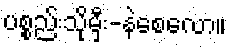
ပစ္စည်းသိုမှီး-နဲစေလော။